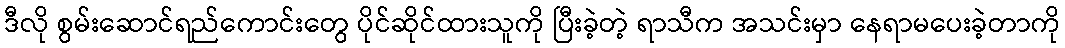
ဒီလို စွမ်းဆောင်ရည်ကောင်းတွေ ပိုင်ဆိုင်ထားသူကို ပြီးခဲ့တဲ့ ရာသီက အသင်းမှာ နေရာမပေးခဲ့တာကို